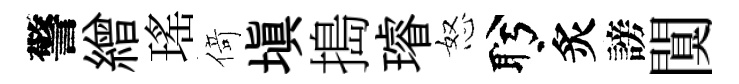
警繒瑤𠋣塡搗璿怒盻炙謗闃